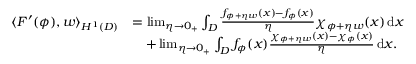
\begin{array} { r l } { \langle F ^ { \prime } ( \phi ) , w \rangle _ { H ^ { 1 } ( D ) } } & { = \operatorname* { l i m } _ { \eta \to 0 _ { + } } \int _ { D } \frac { f _ { \phi + \eta w } ( x ) - f _ { \phi } ( x ) } { \eta } \chi _ { \phi + \eta w } ( x ) \, \mathrm { d } x } \\ & { \quad + \operatorname* { l i m } _ { \eta \to 0 _ { + } } \int _ { D } f _ { \phi } ( x ) \frac { \chi _ { \phi + \eta w } ( x ) - \chi _ { \phi } ( x ) } { \eta } \, \mathrm { d } x . } \end{array}